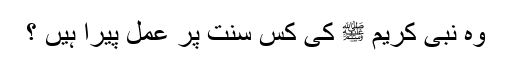
وہ نبی کریم ﷺ کی کس سنت پر عمل پیرا ہیں ؟